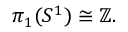
\pi _ { 1 } ( S ^ { 1 } ) \cong \mathbb { Z } .